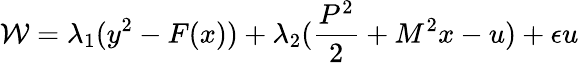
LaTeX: {\cal W}=\lambda_{1}(y^{2}-F(x))+\lambda_{2}(\frac{P^{2}}{2}+M^{2}x-u)+\epsilon u